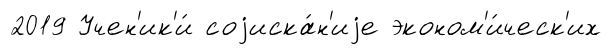
2019 Учен'ик'и́ соjиска́н'иjе эконом'и́ческ'их